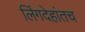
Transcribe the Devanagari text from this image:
लिंगदेहांतच